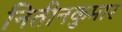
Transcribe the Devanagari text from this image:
नितीनकुमार